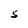
Character: S